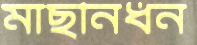
মাছনিধন